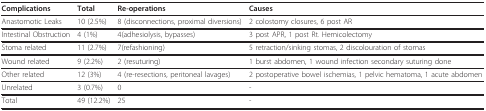
<table><thead><tr><td><b>Complications</b></td><td><b>Total</b></td><td><b>Re-operations</b></td><td><b>Causes</b></td></tr></thead><tbody><tr><td>Anastomotic Leaks</td><td>10 (2.5%)</td><td>8 (disconnections, proximal diversions)</td><td>2 colostomy closures, 6 post AR</td></tr><tr><td>Intestinal Obstruction</td><td>4 (1%)</td><td>4(adhesiolysis, bypasses)</td><td>3 post APR, 1 post Rt. Hemicolectomy</td></tr><tr><td>Stoma related</td><td>11 (2.7%)</td><td>7(refashioning)</td><td>5 retraction/sinking stomas, 2 discolouration of stomas</td></tr><tr><td>Wound related</td><td>9 (2.2%)</td><td>2 (resuturing)</td><td>1 burst abdomen, 1 wound infection secondary suturing done</td></tr><tr><td>Other related</td><td>12 (3%)</td><td>4 (re-resections, peritoneal lavages)</td><td>2 postoperative bowel ischemias, 1 pelvic hematoma, 1 acute abdomen</td></tr><tr><td>Unrelated</td><td>3 (0.7%)</td><td>0</td><td>-</td></tr><tr><td>Total</td><td>49 (12.2%)</td><td>25</td><td>-</td></tr></tbody></table>